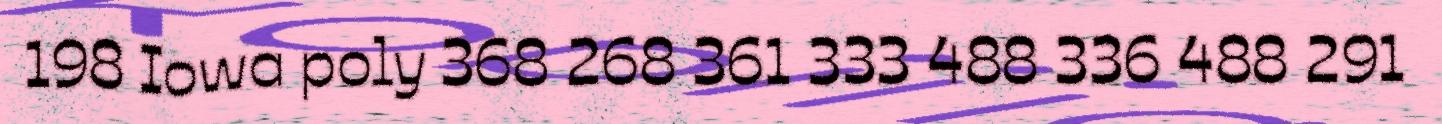
198 Iowa poly 368 268 361 333 488 336 488 291